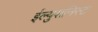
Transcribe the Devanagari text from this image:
ईल्युशनिस्ट